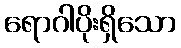
ရောဂါပိုးရှိသော